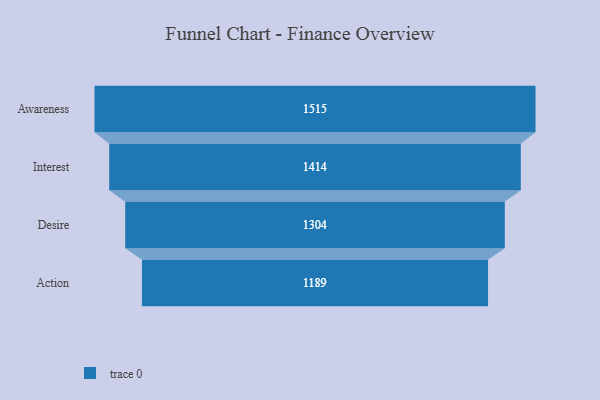
{"axis": {"x": "Stage", "y": "Value"}, "legend": [""], "data": [{"x": "Awareness", "y": 1515.0, "type": ""}, {"x": "Interest", "y": 1414.0, "type": ""}, {"x": "Desire", "y": 1304.0, "type": ""}, {"x": "Action", "y": 1189.0, "type": ""}]}